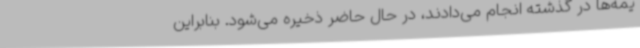
یمه‌ها در گذشته انجام می‌دادند، در حال حاضر ذخیره می‌شود. بنابراین